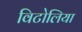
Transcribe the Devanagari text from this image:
विटोलिया